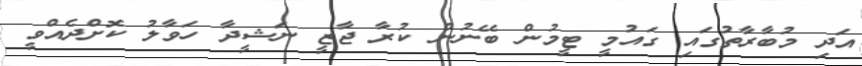
އަދި މުބާރާތުގައި ގައުމީ ޓީމުން ބޭނުން ކުރާ ޖާޒީ ނަޝީދާ ހަވާލު ކޮށްދެއްވީ